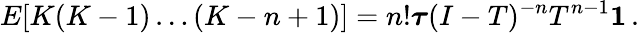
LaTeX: E[K(K-1)\dots(K-n+1)]=n!{\boldsymbol{\tau}}(I-{T})^{-n}{T}^{n-1}\mathbf{1}\, .